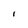
Character: l